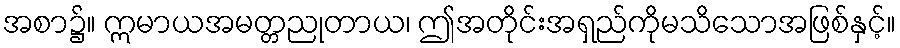
အစာ၌။ ဣမာယအမတ္တညုတာယ၊ ဤအတိုင်းအရှည်ကိုမသိသောအဖြစ်နှင့်။